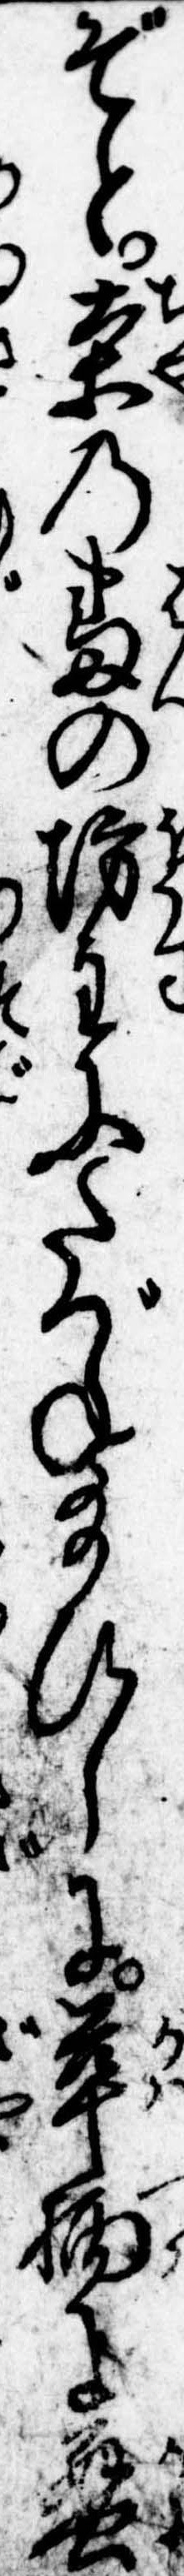
ぞと茶の番の坊主にたづね給ひしに革柄に蟹